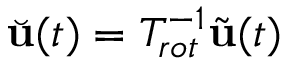
\Breve { \mathbf { u } } ( t ) = T _ { r o t } ^ { - 1 } \tilde { \mathbf { u } } ( t )